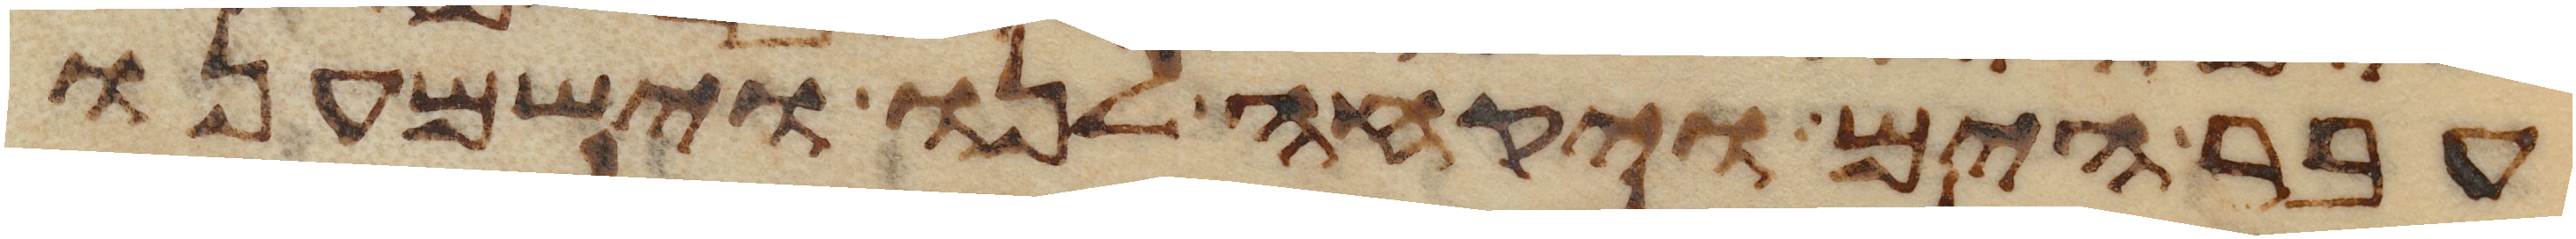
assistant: עבר הים ויקחה לנו וישמענו